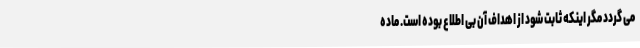
می ‌گردد ‌مگر اینکه ثابت شود از اهداف آن بی‌ اطلاع بوده است. ماده